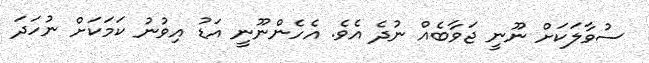
ސުވާލަކަށް ނޫނީ ޖަވާބެއް ނުދެ އެވެ. އެހެންނޫނީ އަޑު އިވުނު ކަމަކަށް ނުހަދަ